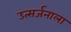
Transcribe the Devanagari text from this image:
उत्सर्जनाला